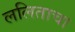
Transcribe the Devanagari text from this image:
ललिताचा